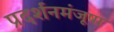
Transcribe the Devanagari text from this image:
प्रदर्शनमंजूषा